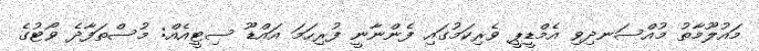
މައުލޫމާތު މުއްސަނދިވި އެމްޑީޕީ ވެރިކަމުގައި ފެންނާނީ ފުރިހަމަ އައްޑޫ ސިޓީއެއް: މުސްތަފާދެ ވޯޓުގެ